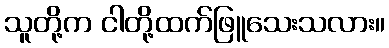
သူတို့က ငါတို့ထက်ဖြူသေးသလား။